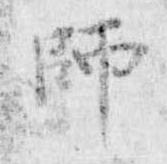
師